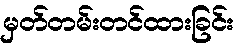
မှတ်တမ်းတင်ထားခြင်း